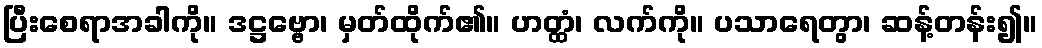
ပြီးစေရာအခါကို။ ဒဋ္ဌဗ္ဗော၊ မှတ်ထိုက်၏။ ဟတ္ထံ၊ လက်ကို။ ပသာရေတွာ၊ ဆန့်တန်း၍။